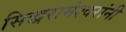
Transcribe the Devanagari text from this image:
सिद्धरामेश्वरांनी